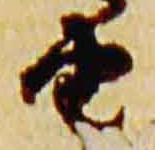
由